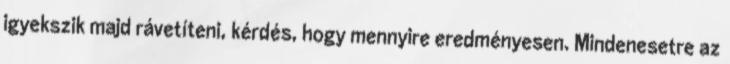
igyekszik majd rávetíteni, kérdés, hogy mennyire eredményesen. Mindenesetre az